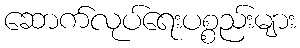
ဆောက်လုပ်ရေးပစ္စည်းများ